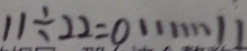
1 1 \div 2 2 = 0 \cdots 1 1